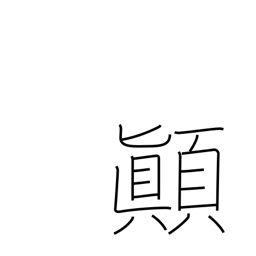
Meaning: upset